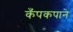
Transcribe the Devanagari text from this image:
कँपकपाने